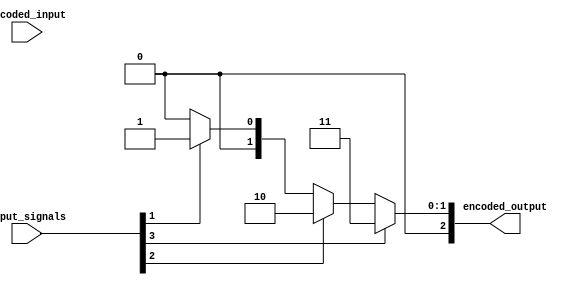
module priority_encoder_decoder (
    input [3:0] input_signals,
    output [2:0] encoded_output,
    input [2:0] decoded_input
);

// Priority Encoder
assign encoded_output = (input_signals[3] ? 3 :
                         input_signals[2] ? 2 :
                         input_signals[1] ? 1 :
                         input_signals[0] ? 0 : 0);

// Decoder
assign decoded_input = 4'b0;

always @* begin
    case(encoded_output)
        3: decoded_input = 4'b1000;
        2: decoded_input = 4'b0100;
        1: decoded_input = 4'b0010;
        0: decoded_input = 4'b0001;
    endcase
end

endmodule